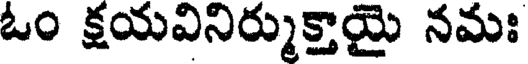
ఓం క్షయవినిర్ముక్తాయై నమః